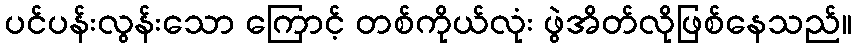
ပင်ပန်းလွန်းသော ကြောင့် တစ်ကိုယ်လုံး ဖွဲအိတ်လိုဖြစ်နေသည်။